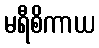
မရီစိကာယ